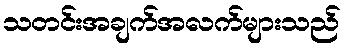
သတင်းအချက်အလက်များသည်